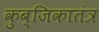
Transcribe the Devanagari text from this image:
कुब्जिकातंत्र